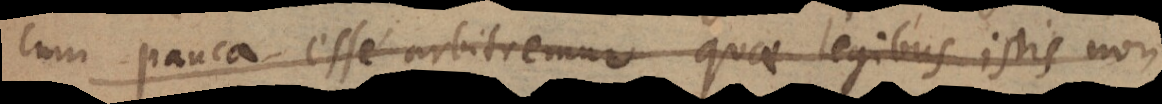
cum pauca esse arbitremur quae legibus istis non